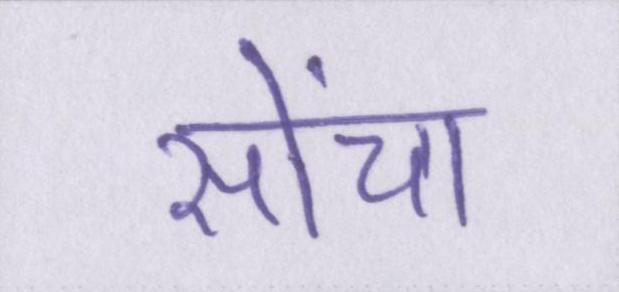
सोंचा